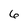
Character: 6